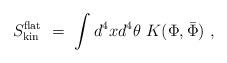
LaTeX: \begin{align*}S^{\rm flat}_{\rm kin}\ =\ \int d^4xd^4\theta\ K(\Phi, \bar\Phi)\ ,\end{align*}